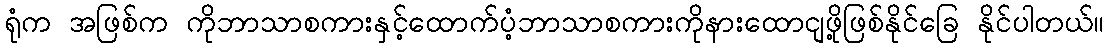
ရုံက အဖြစ်က ကိုဘာသာစကားနှင့်ထောက်ပံ့ဘာသာစကားကိုနားထောငျဖို့ဖြစ်နိုင်ခြေ နိုင်ပါတယ်။